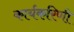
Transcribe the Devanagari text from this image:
कार्यकरिणी